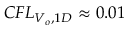
C F L _ { V _ { o } , 1 D } \approx 0 . 0 1